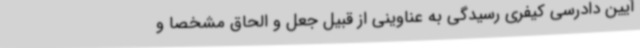
آیین دادرسی کیفری رسیدگی به عناوینی از قبیل جعل و الحاق مشخصاً و